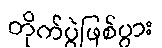
တိုက်ပွဲဖြစ်ပွား